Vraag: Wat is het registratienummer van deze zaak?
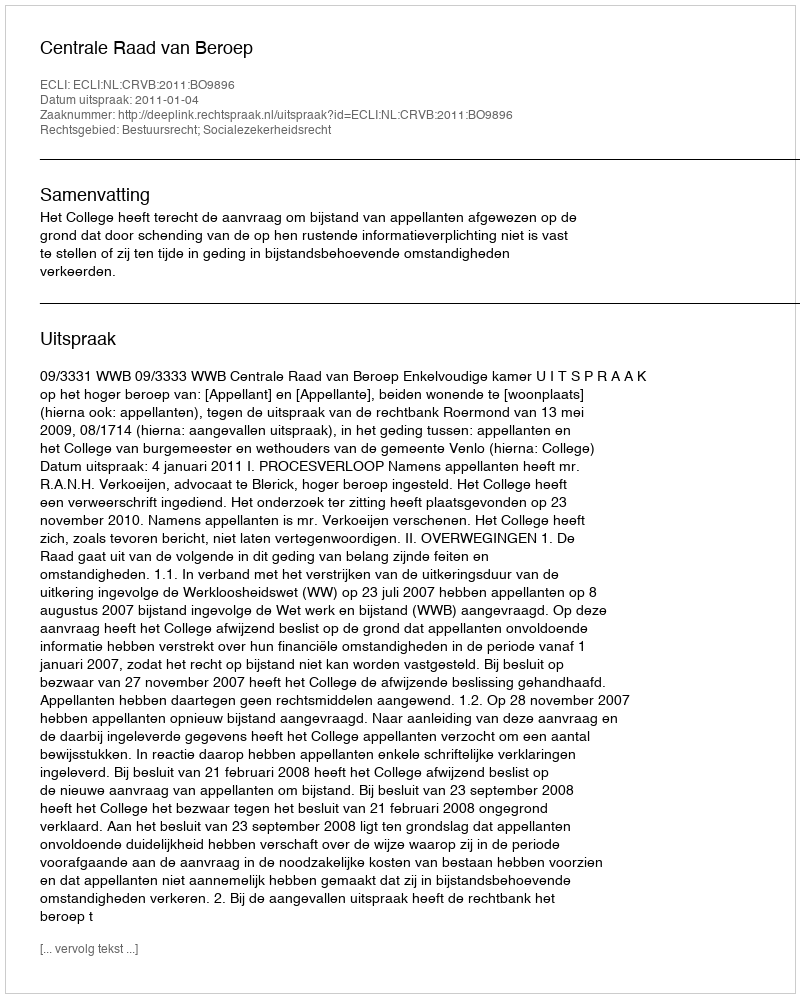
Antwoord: http://deeplink.rechtspraak.nl/uitspraak?id=ECLI:NL:CRVB:2011:BO9896